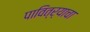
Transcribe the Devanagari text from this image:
पावित्र्याचा